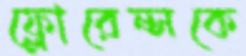
ফ্লোরেন্সকে